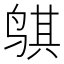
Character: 𬸒